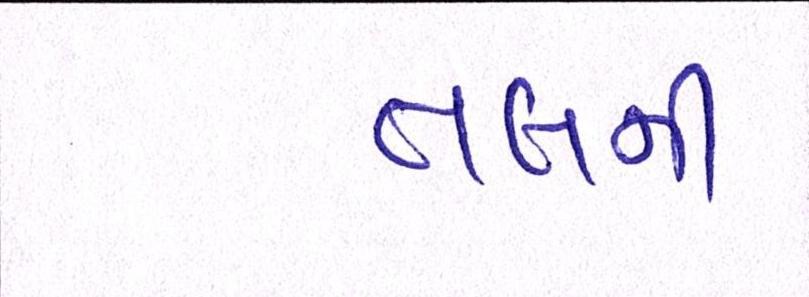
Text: તલની